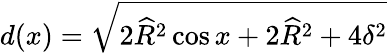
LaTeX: d(x)=\sqrt{2\widehat{R}^{2}\cos x+2\widehat{R}^{2}+4\delta^{2}}